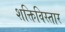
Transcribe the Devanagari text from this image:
शक्तिविस्तार